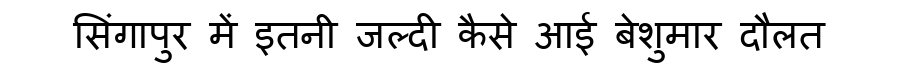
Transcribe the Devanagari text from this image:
सिंगापुर में इतनी जल्दी कैसे आई बेशुमार दौलत